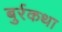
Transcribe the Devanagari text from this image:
बुर्रकथा